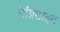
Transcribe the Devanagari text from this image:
मैग्निटाइट